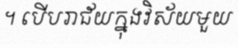
។ បើបរាជ័យក្នុងវិស័យមួយ